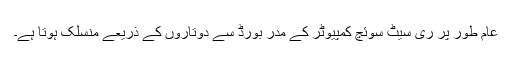
عام طور پر ری سیٹ سوئچ کمپیوٹر کے مدر بورڈ سے دوتاروں کے ذریعے منسلک ہوتا ہے۔